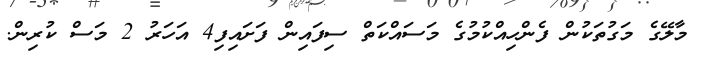
މާލޭގެ މަގުތަކުން ފެންހިއްކުމުގެ މަސައްކަތް ސިފައިން ފަށައިފި4 އަހަރު 2 މަސް ކުރިން.